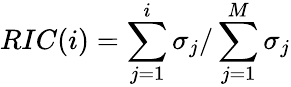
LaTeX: RIC(i)=\sum_{j=1}^{i}\sigma_{j}/\sum_{j=1}^{M}\sigma_{j}